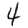
Digit: 4